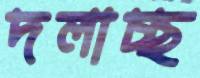
দলাচ্ছ